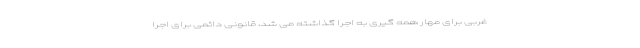
غربی برای مهار همه گیری به اجرا گذاشته می شد، قانونی دائمی برای اجرا